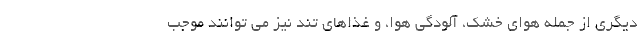
دیگری از جمله هوای خشک، آلودگی هوا، و غذاهای تند نیز می توانند موجب